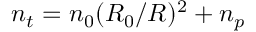
n _ { t } = n _ { 0 } ( R _ { 0 } / R ) ^ { 2 } + n _ { p }